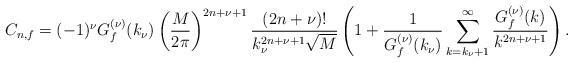
LaTeX: \begin{align*}C_{n,f} =(-1)^\nu G_f^{(\nu)}(k_\nu)\left(\dfrac{M}{2\pi}\right)^{2n+\nu+1}\dfrac{(2n+\nu)!}{k_\nu^{2n+\nu+1}\sqrt{M}}\left(1+ \frac{1}{G_f^{(\nu)}(k_\nu)} \sum_{k=k_{\nu} + 1}^\infty\dfrac{G_f^{(\nu)}(k)}{k^{2n+\nu+1}}\right).\end{align*}